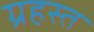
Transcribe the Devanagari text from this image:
ग्रहस्त